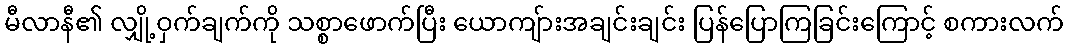
မီလာနီ၏ လျှို့ဝှက်ချက်ကို သစ္စာဖောက်ပြီး ယောကျ်ားအချင်းချင်း ပြန်ပြောကြခြင်းကြောင့် စကားလက်